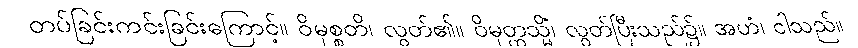
တပ်ခြင်းကင်းခြင်းကြောင့်။ ဝိမုစ္စတိ၊ လွတ်၏။ ဝိမုတ္တသ္မိံ၊ လွတ်ပြီးသည်၌။ အဟံ၊ ငါသည်။